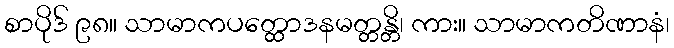
စာပိုဒ် ၉၈။ သာမာကပတ္ထောဒနမတ္တန္တိ၊ ကား။ သာမာကတိဏာနံ၊